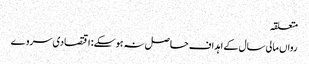
متعلقہ
رواں مالی سال کے اہداف حاصل نہ ہوسکے: اقتصادی سروے